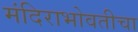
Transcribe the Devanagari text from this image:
मंदिराभोवतीचा